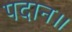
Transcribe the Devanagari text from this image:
पदान॥